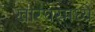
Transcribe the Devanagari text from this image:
खारघरमध्ये